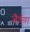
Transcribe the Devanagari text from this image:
जैईन।